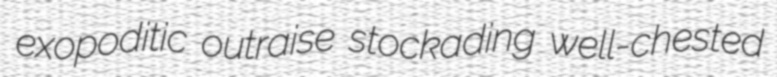
exopoditic outraise stockading well-chested